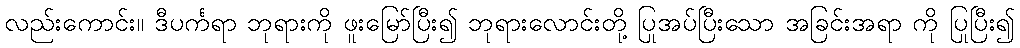
လည်းကောင်း။ ဒီပင်္ကရာ ဘုရားကို ဖူးမြော်ပြီး၍ ဘုရားလောင်းတို့ ပြုအပ်ပြီးသော အခြင်းအရာ ကို ပြုပြီး၍